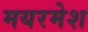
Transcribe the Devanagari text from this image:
मयरमेश